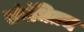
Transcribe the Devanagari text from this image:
संबंधितच